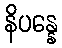
နိပန္နေ